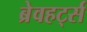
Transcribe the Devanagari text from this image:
ब्रेवहर्ट्स